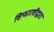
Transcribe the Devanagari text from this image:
शिफारशीद्वारा